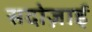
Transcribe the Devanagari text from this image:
सदोज़ाई